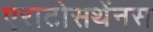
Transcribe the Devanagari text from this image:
एराटोसथेंनस